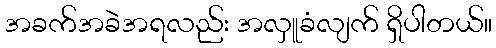
အခက်အခဲအရလည်း အလှူခံလျက် ရှိပါတယ်။